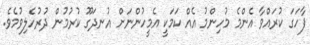
ފާހަގަ ކުރައްވާ އެންމެ މުހިންމު އެއް ކަމަކީ އެމީހުންނަށް އުނދަގޫ ކުރުމުން ދުރުހެލިވުމެވެ.